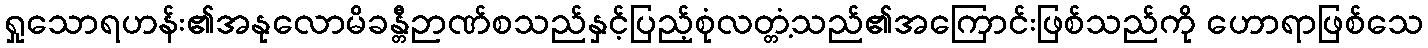
ရှုသောရဟန်း၏အနုလောမိခန္တီဉာဏ်စသည်နှင့်ပြည့်စုံလတ္တံ့သည်၏အကြောင်းဖြစ်သည်ကို ဟောရာဖြစ်သေ